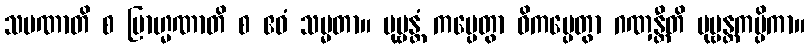
သမဏာတိ စ ဗြာဟ္မဏာတိ စ ဧဝံ သမ္မတာ။ ပုဗ္ဗန္တံ ကပ္ပေတွာ ဝိကပ္ပေတွာ ဂဏှန္တီတိ ပုဗ္ဗန္တကပ္ပိကာ။